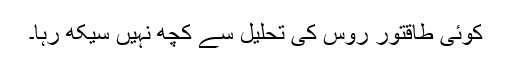
کوئی طاقتور روس کی تحلیل سے کچھ نہیں سیکھ رہا۔